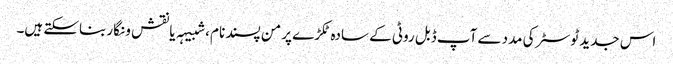
اس جدید ٹوسٹر کی مدد سے آپ ڈبل روٹی کے سادہ ٹکڑے پر من پسند نام ، شبیہہ یا نقش و نگار بناسکتے ہیں۔